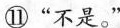
⑪“不是。”